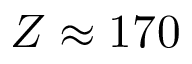
Z \approx 1 7 0